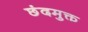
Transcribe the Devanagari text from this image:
छंदमुक्त